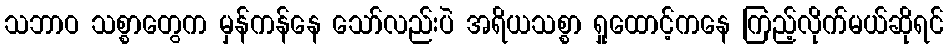
သဘာဝ သစ္စာတွေက မှန်ကန်နေ သော်လည်းပဲ အရိယသစ္စာ ရှုထောင့်ကနေ ကြည့်လိုက်မယ်ဆိုရင်